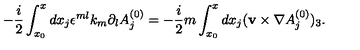
- \frac { i } { 2 } \int _ { x _ { 0 } } ^ { x } d x _ { j } \epsilon ^ { m l } k _ { m } \partial _ { l } A _ { j } ^ { ( 0 ) } = - \frac { i } { 2 } m \int _ { x _ { 0 } } ^ { x } d x _ { j } ( { \bf v } \times \nabla A _ { j } ^ { ( 0 ) } ) _ { 3 } .